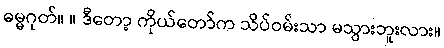
ဓမ္မဂုတ်။ ။ ဒီတော့ ကိုယ်တော်က သိပ်ဝမ်းသာ မသွားဘူးလား။